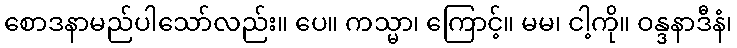
စောဒနာမည်ပါသော်လည်း။ ပေ။ ကသ္မာ၊ ကြောင့်။ မမ၊ ငါ့ကို။ ဝန္ဒနာဒီနံ၊